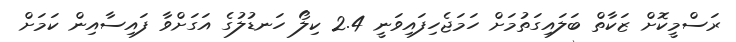
ރަސްމީކޮށް ޒަކާތް ބަލައިގަތުމަށް ހަމަޖެހިފައިވަނީ 2.4 ކިލޯ ހަނޑުލުގެ އަގަށްވާ ފައިސާއިން ކަމަށް